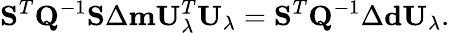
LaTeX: \mathbf{S}^{T}\mathbf{Q}^{-1}\mathbf{S}\Delta\mathbf{m}\mathbf{U}_{\lambda}^{T}\mathbf{U}_{\lambda}=\mathbf{S}^{T}\mathbf{Q}^{-1}\Delta\mathbf{d}\mathbf{U}_{\lambda}.